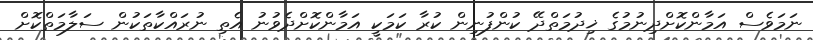
ނަމަވެސް އަމާންކޮށްދިނުމުގެ ޚިދުމަތްދޭ ކުންފުނިން ކުރާ ކަމަކީ އަމާންކޮށްދެވުނު އެތި ނުރައްކާތަކުން ސަލާމަތްކޮށް